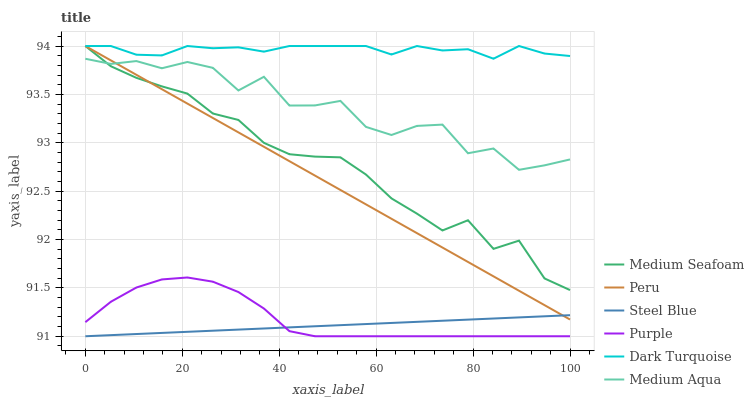
| xaxis_label | Medium Seafoam | Peru | Steel Blue | Purple | Dark Turquoise | Medium Aqua |
 | --- | --- | --- | --- | --- | --- | --- |
 | 0 | 94 | 94 | 91 | 91.1 | 94 | 93.9 |
 | 5.26 | 93.8 | 93.9 | 91 | 91.4 | 94 | 93.8 |
 | 10.5 | 93.7 | 93.7 | 91 | 91.5 | 93.9 | 93.8 |
 | 15.8 | 93.6 | 93.6 | 91 | 91.6 | 93.9 | 93.8 |
 | 21.1 | 93.5 | 93.4 | 91 | 91.6 | 94 | 93.8 |
 | 26.3 | 93.3 | 93.3 | 91.1 | 91.6 | 94 | 93.8 |
 | 31.6 | 93.2 | 93.1 | 91.1 | 91.5 | 94 | 93.5 |
 | 36.8 | 93 | 93 | 91.1 | 91.3 | 93.9 | 93.7 |
 | 42.1 | 92.9 | 92.8 | 91.1 | 91.1 | 94 | 93.4 |
 | 47.4 | 92.9 | 92.7 | 91.1 | 91 | 94 | 93.4 |
 | 52.6 | 92.8 | 92.5 | 91.1 | 91 | 94 | 93.4 |
 | 57.9 | 92.7 | 92.4 | 91.1 | 91 | 94 | 93.2 |
 | 63.2 | 92.4 | 92.2 | 91.1 | 91 | 93.9 | 93.1 |
 | 68.4 | 92.3 | 92.1 | 91.1 | 91 | 94 | 93.2 |
 | 73.7 | 92.1 | 91.9 | 91.2 | 91 | 94 | 93.2 |
 | 78.9 | 92.2 | 91.8 | 91.2 | 91 | 94 | 92.9 |
 | 84.2 | 91.9 | 91.6 | 91.2 | 91 | 93.9 | 92.9 |
 | 89.5 | 92 | 91.5 | 91.2 | 91 | 94 | 92.7 |
 | 94.7 | 91.6 | 91.3 | 91.2 | 91 | 93.9 | 92.8 |
 | 100 | 91.5 | 91.2 | 91.2 | 91 | 93.9 | 92.8 |